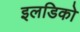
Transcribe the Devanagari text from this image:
इलडिको